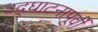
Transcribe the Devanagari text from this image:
उद्‌घाटनापूर्वी